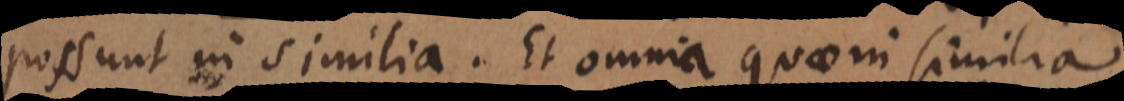
possunt in similia. Et omnia quae in similia